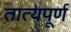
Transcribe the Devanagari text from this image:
तात्यपूर्ण